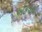
ઍકવાઈ